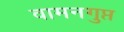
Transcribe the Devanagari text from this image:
वामनगुप्त